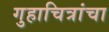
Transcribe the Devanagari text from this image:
गुहाचित्रांचा